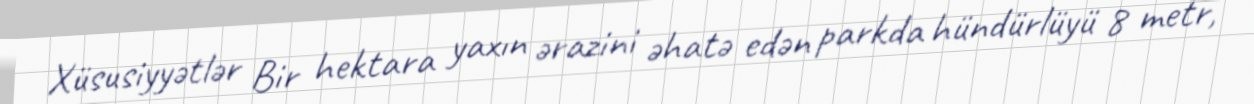
Xüsusiyyətlər Bir hektara yaxın ərazini əhatə edən parkda hündürlüyü 8 metr,